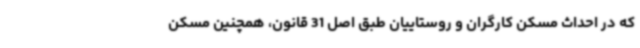
که در احداث مسکن کارگران و روستاییان طبق اصل 31 قانون، همچنین مسکن